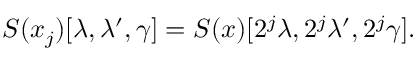
S ( x _ { j } ) [ \lambda , \lambda ^ { \prime } , \gamma ] = S ( x ) [ 2 ^ { j } \lambda , 2 ^ { j } \lambda ^ { \prime } , 2 ^ { j } \gamma ] .